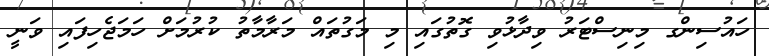
ހައުސިންގ މިނިސްޓަރު ވިދާޅުވި ގޮތުގައި މި މަގުތައް މަރާމާތު ކުރުމަށް ހަމަޖެހިފައި ވަނީ